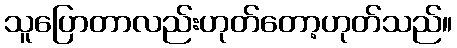
သူပြောတာလည်းဟုတ်တော့ဟုတ်သည်။